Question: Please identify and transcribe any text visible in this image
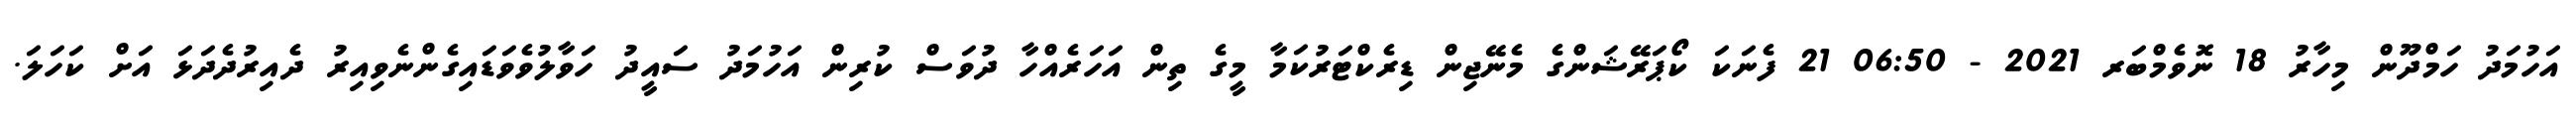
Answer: އަހުމަދު ހަމްދޫން މިހާރު 18 ނޮވެމްބަރ 2021 - 06:50 21 ފެނަކަ ކޯޕަރޭޝަންގެ މެނޭޖިން ޑިރެކްޓަރުކަމާ މީގެ ތިން އަހަރެއްހާ ދުވަސް ކުރިން އަހުމަދު ސައީދު ހަވާލުވެވަޑައިގެންނެވިއިރު ދެއިރުދެދަޅަ އަށް ކަހަލަ.